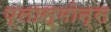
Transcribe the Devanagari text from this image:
प्लास्मोन्स